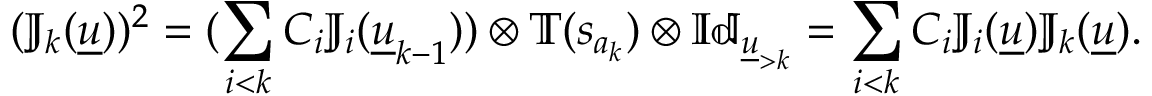
( \mathbb { J } _ { k } ( \underline { { u } } ) ) ^ { 2 } = ( \sum _ { i < k } C _ { i } \mathbb { J } _ { i } ( \underline { { u } } _ { k - 1 } ) ) \otimes \mathbb { T } ( s _ { a _ { k } } ) \otimes \mathbb { I d } _ { \underline { { u } } _ { > k } } = \sum _ { i < k } C _ { i } \mathbb { J } _ { i } ( \underline { { u } } ) \mathbb { J } _ { k } ( \underline { { u } } ) .